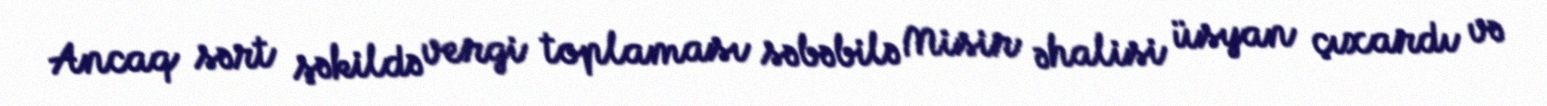
Ancaq sərt şəkildə vergi toplaması səbəbilə Misir əhalisi üsyan çıxardı və